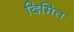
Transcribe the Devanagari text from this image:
दिमित